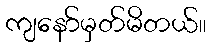
ကျနော်မှတ်မိတယ်။